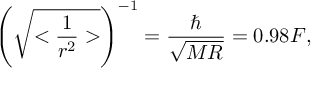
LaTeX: \left( \sqrt { < \frac { 1 } { r ^ { 2 } } > } \right) ^ { - 1 } = \frac { \hbar } { \sqrt { M R } } = 0 . 9 8 F ,